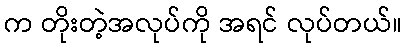
က တိုးတဲ့အလုပ်ကို အရင် လုပ်တယ်။